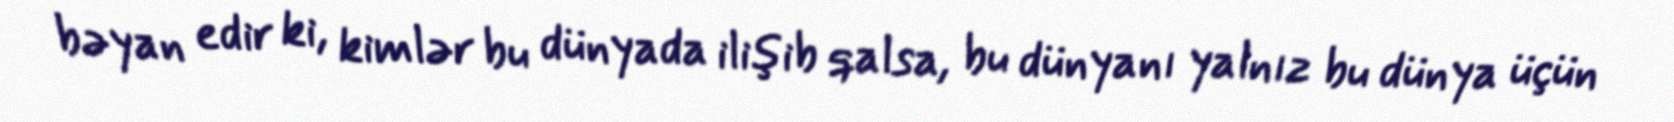
bəyan edir ki, kimlər bu dünyada ilişib qalsa, bu dünyanı yalnız bu dünya üçün